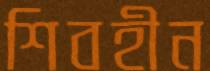
শিবহীন